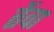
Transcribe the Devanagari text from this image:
तेंवा